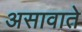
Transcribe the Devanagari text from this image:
असावाते